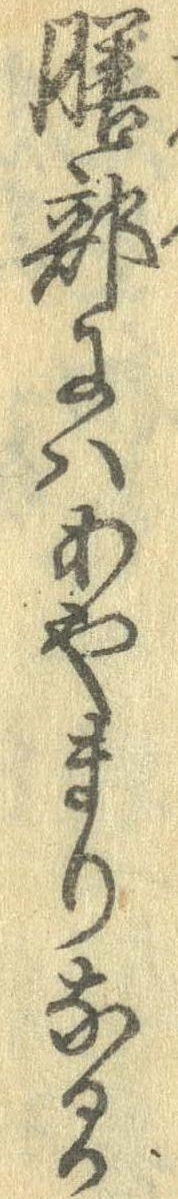
膳部にはあやまりなるか